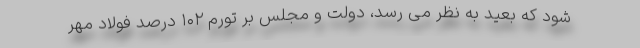
شود که بعید به نظر می رسد، دولت و مجلس بر تورم ۱۰۲ درصد فولاد مهر